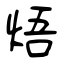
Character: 焐